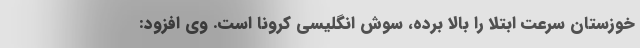
خوزستان سرعت ابتلا را بالا برده، سوش انگلیسی کرونا است. وی افزود: